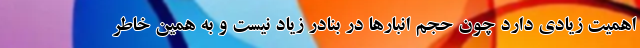
اهمیت زیادی دارد چون حجم انبارها در بنادر زیاد نیست و به همین خاطر